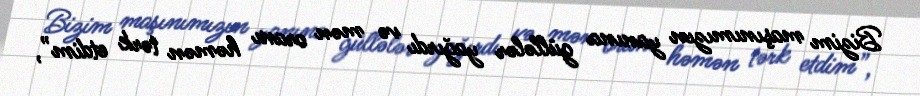
Bizim maşınımızın yanına güllələr yağırdı və mən oranı həmən tərk etdim”,